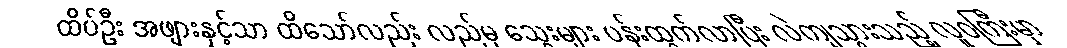
ထိပ်ဦး အဖျားနှင့်သာ ထိသော်လည်း လည်မှ သွေးများ ပန်းထွက်လာပြီး လဲကျသွားသည့် လူဝကြီးမှာ